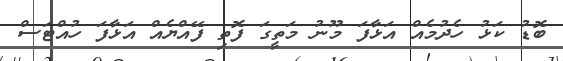
ބޮޑު ކަޅު ހެދުމެއް އަޅާފަ މޫނު މަތީގަ ފޮތި ފޭއްޔެއް އަޅާފަ ހުއްޓަސް